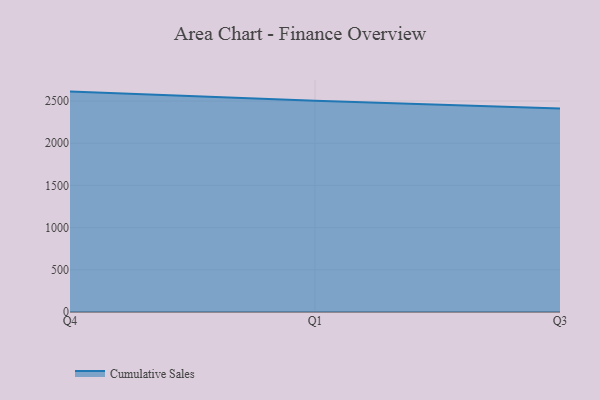
{"axis": {"x": "Quarter", "y": "LTV (USD)"}, "legend": ["Cumulative Sales"], "data": [{"x": "Q4", "y": 2611.6, "type": "Cumulative Sales"}, {"x": "Q1", "y": 2502.1, "type": "Cumulative Sales"}, {"x": "Q3", "y": 2410.5, "type": "Cumulative Sales"}]}